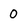
Character: 0